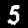
Digit: 5